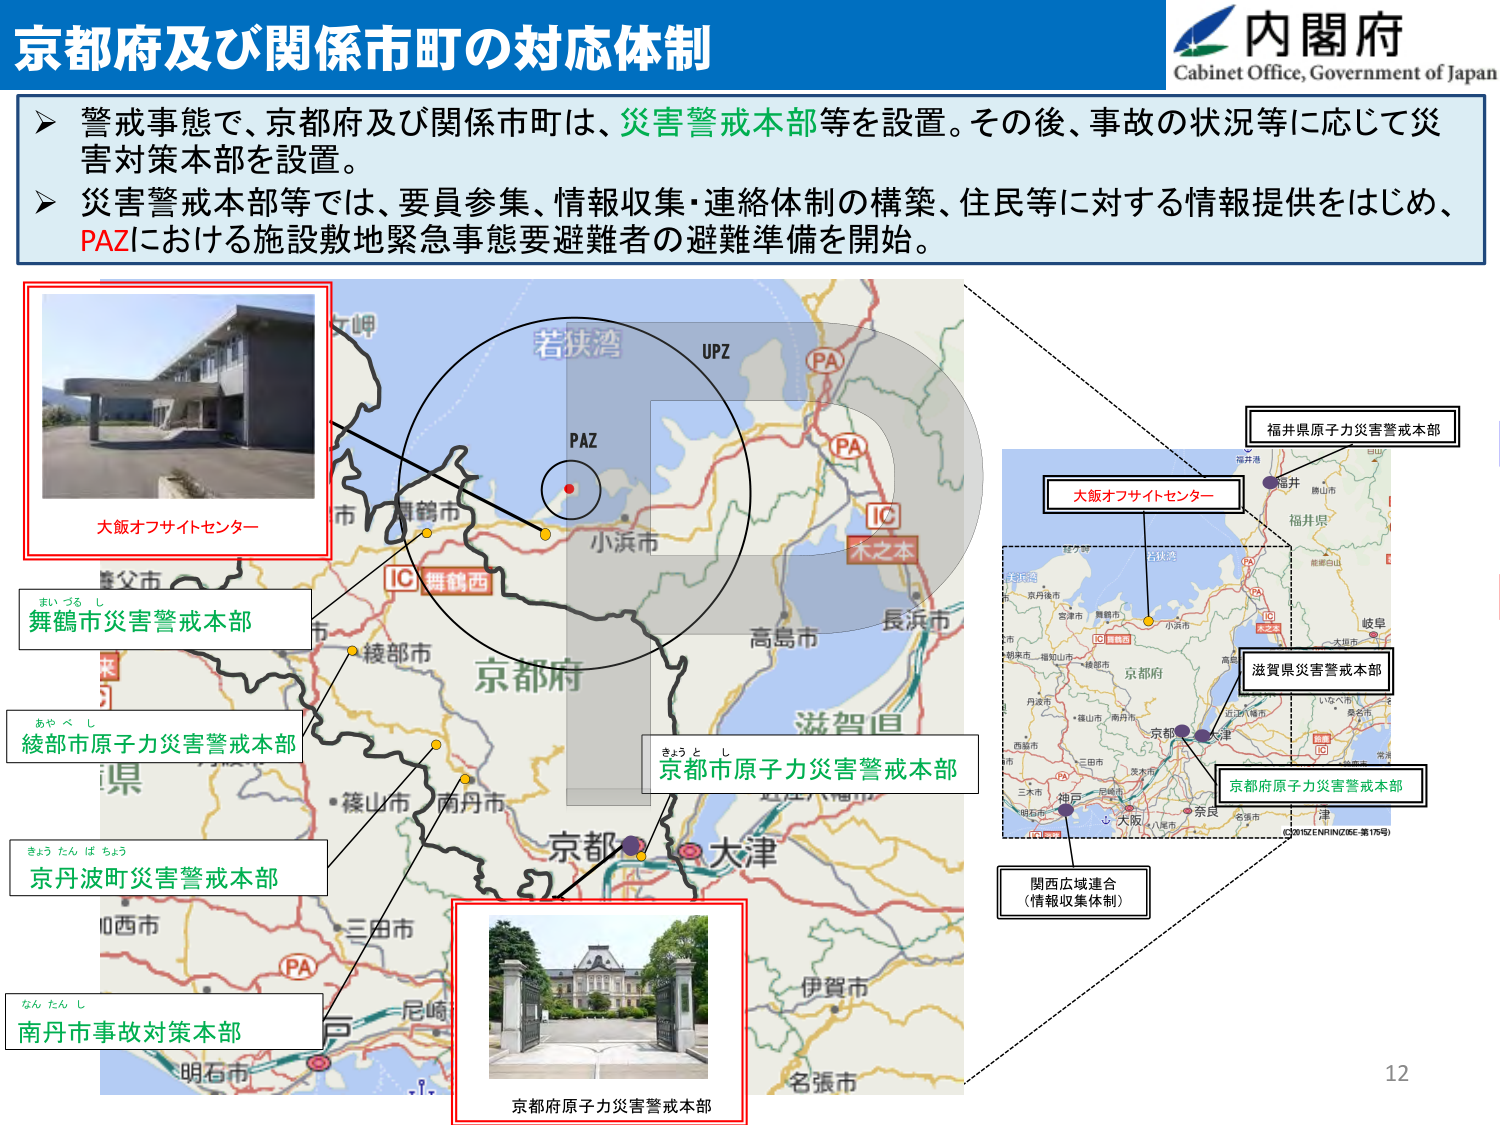
京都府及び関係市町の対応体制

内閣府
Cabinet Office, Government of Japan

➤ 警戒事態で、京都府及び関係市町は、災害警戒本部等を設置。その後、事故の状況等に応じて災害対策本部を設置。
➤ 災害警戒本部等では、要員参集、情報収集・連絡体制の構築、住民等に対する情報提供をはじめ、PAZにおける施設敷地緊急事態要避難者の避難準備を開始。

大飯オフサイトセンター

舞鶴市災害警戒本部
まいづる し

綾部市原子力災害警戒本部
あやべ し

京丹波町災害警戒本部
きょうたんば ちょう

南丹市事故対策本部
なん たん し

京都府原子力災害警戒本部

京都市原子力災害警戒本部
きょうと し

大飯オフサイトセンター

福井県原子力災害警戒本部

滋賀県災害警戒本部

関西広域連合
（情報収集体制）

京都府原子力災害警戒本部

UPZ
PAZ
PA
IC
木之本
若狭湾
小浜市
舞鶴市
舞鶴西
IC
京都市
高島市
長浜市
滋賀県
大津
京都
大阪
神戸
尼崎
明石市
三田市
伊賀市
名張市
福井
福井県
岐阜
三木市
西脇市
丹波市
篠山市
南丹市
綾部市
京丹後市
八尾市
奈良
名古屋市
津
©2015ZENRINZB6-第175号

12